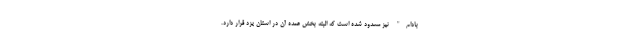
بادام" نیز مسدود شده است که البته بخش عمده آن در استان یزد قرار دارد.